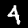
Digit: 4